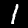
Label: 1